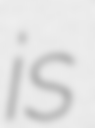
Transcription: is